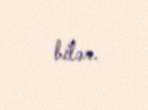
bilər.